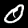
Digit: 0